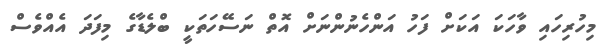
މިހުރިހައި ވާހަކަ އަކަށް ފަހު އަންހެނުންނަށް އޮތް ނަސޭހަތަކީ ބްލެޑާގެ މިފަދަ އެއްވެސް